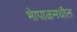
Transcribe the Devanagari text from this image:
भेापाळमधील